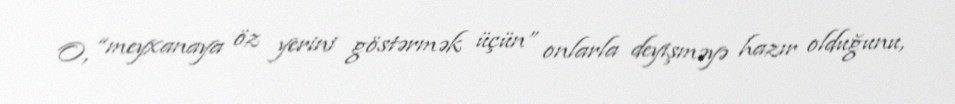
O, “meyxanaya öz yerini göstərmək üçün” onlarla deyişməyə hazır olduğunu,